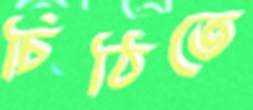
চিঠিতে